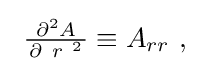
{\textstyle \ {\frac {\ \partial ^{2}A\ }{{\partial \ r\ }^{2}}}\equiv A_{rr}\ ,}